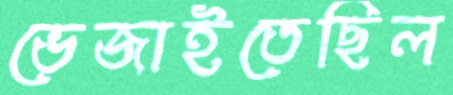
ভেজাইতেছিল